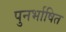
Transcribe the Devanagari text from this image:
पुनर्भाषित